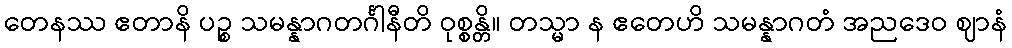
တေနဿ ဧတာနိ ပဉ္စ သမန္နာဂတင်္ဂါနီတိ ဝုစ္စန္တိ။ တသ္မာ န ဧတေဟိ သမန္နာဂတံ အညဒေဝ ဈာနံ